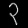
Digit: ၃